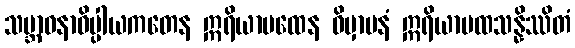
သမ္ဘာဝနာဓိပ္ပါယကတေန ဣရိယာပထေန ဝိမှာပနံ ဣရိယာပထသန္နိဿိတံ